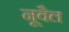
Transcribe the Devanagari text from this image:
नूवैल